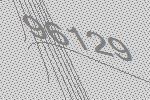
96129